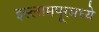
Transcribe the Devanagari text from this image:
इस्लामपूरमध्ये